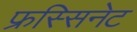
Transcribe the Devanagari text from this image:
फ्रस्सिनेट